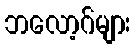
ဘလော့ဂ်များ